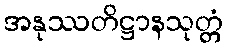
အနုဿတိဋ္ဌာနသုတ္တံ